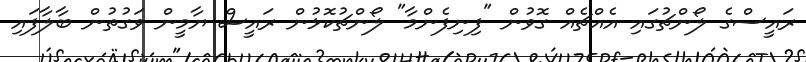
ރައީސްގެ ލޯންޗުގައި އެއްޗެއް ގޮވުން "ފިނިފެންމާ" ލޯންޗުކޮޅުން ރައީސް ޔާމީން ވަގުތުން ބާލާފައި